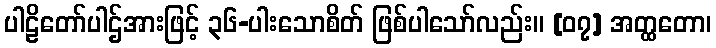
ပါဠိတော်ပါဌ်အားဖြင့် ၃၆-ပါးသောစိတ် ဖြစ်ပါသော်လည်း။ [၀၇] အတ္ထတော၊